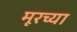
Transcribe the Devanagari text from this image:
मूरच्या